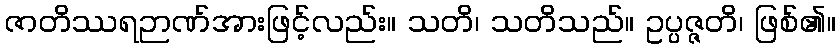
ဇာတိဿရဉာဏ်အားဖြင့်လည်း။ သတိ၊ သတိသည်။ ဥပ္ပဇ္ဇတိ၊ ဖြစ်၏။